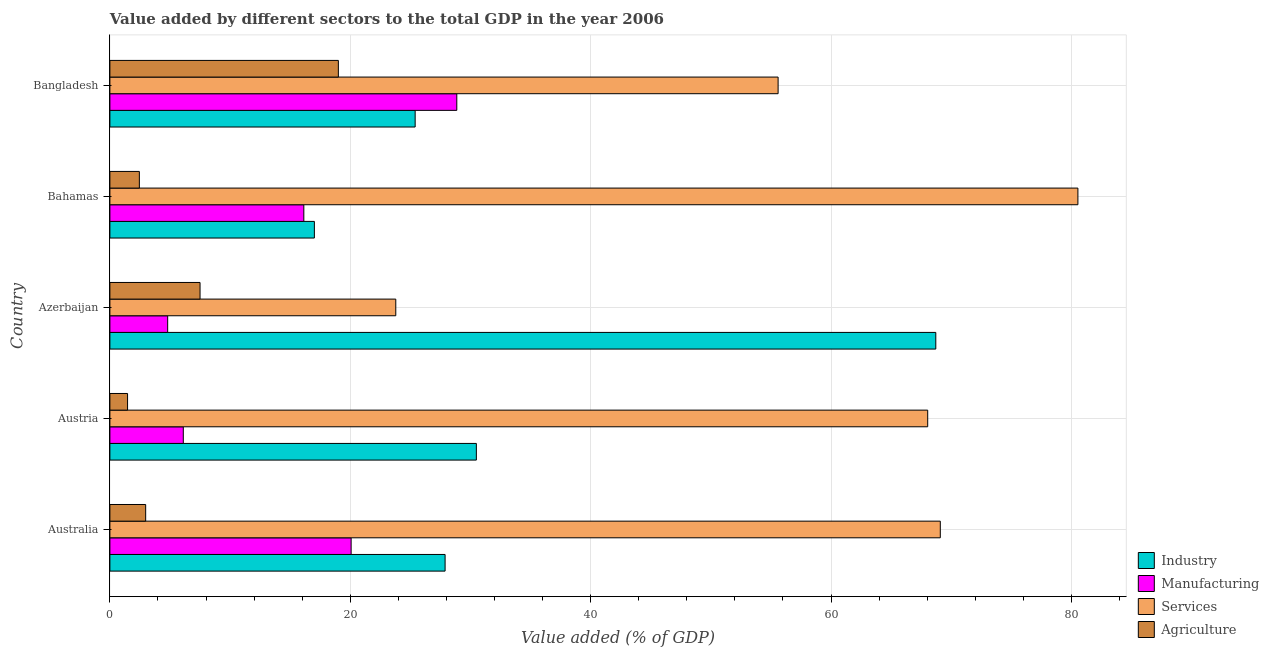
| Country | Industry | Manufacturing | Services | Agriculture |
 | --- | --- | --- | --- | --- |
 | Australia | 27.9 | 20.1 | 69.1 | 2.98 |
 | Austria | 30.5 | 6.11 | 68 | 1.47 |
 | Azerbaijan | 68.7 | 4.81 | 23.8 | 7.5 |
 | Bahamas | 17 | 16.1 | 80.5 | 2.45 |
 | Bangladesh | 25.4 | 28.9 | 55.6 | 19 |